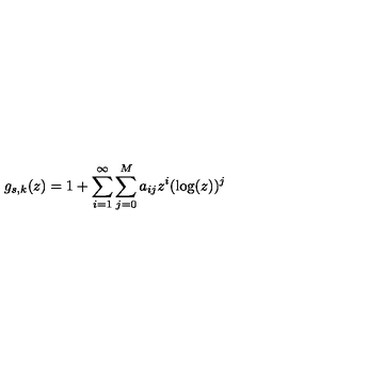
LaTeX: g _ { s , k } ( z ) = 1 + \sum _ { i = 1 } ^ { \infty } \sum _ { j = 0 } ^ { M } a _ { i j } z ^ { i } ( \log ( z ) ) ^ { j }